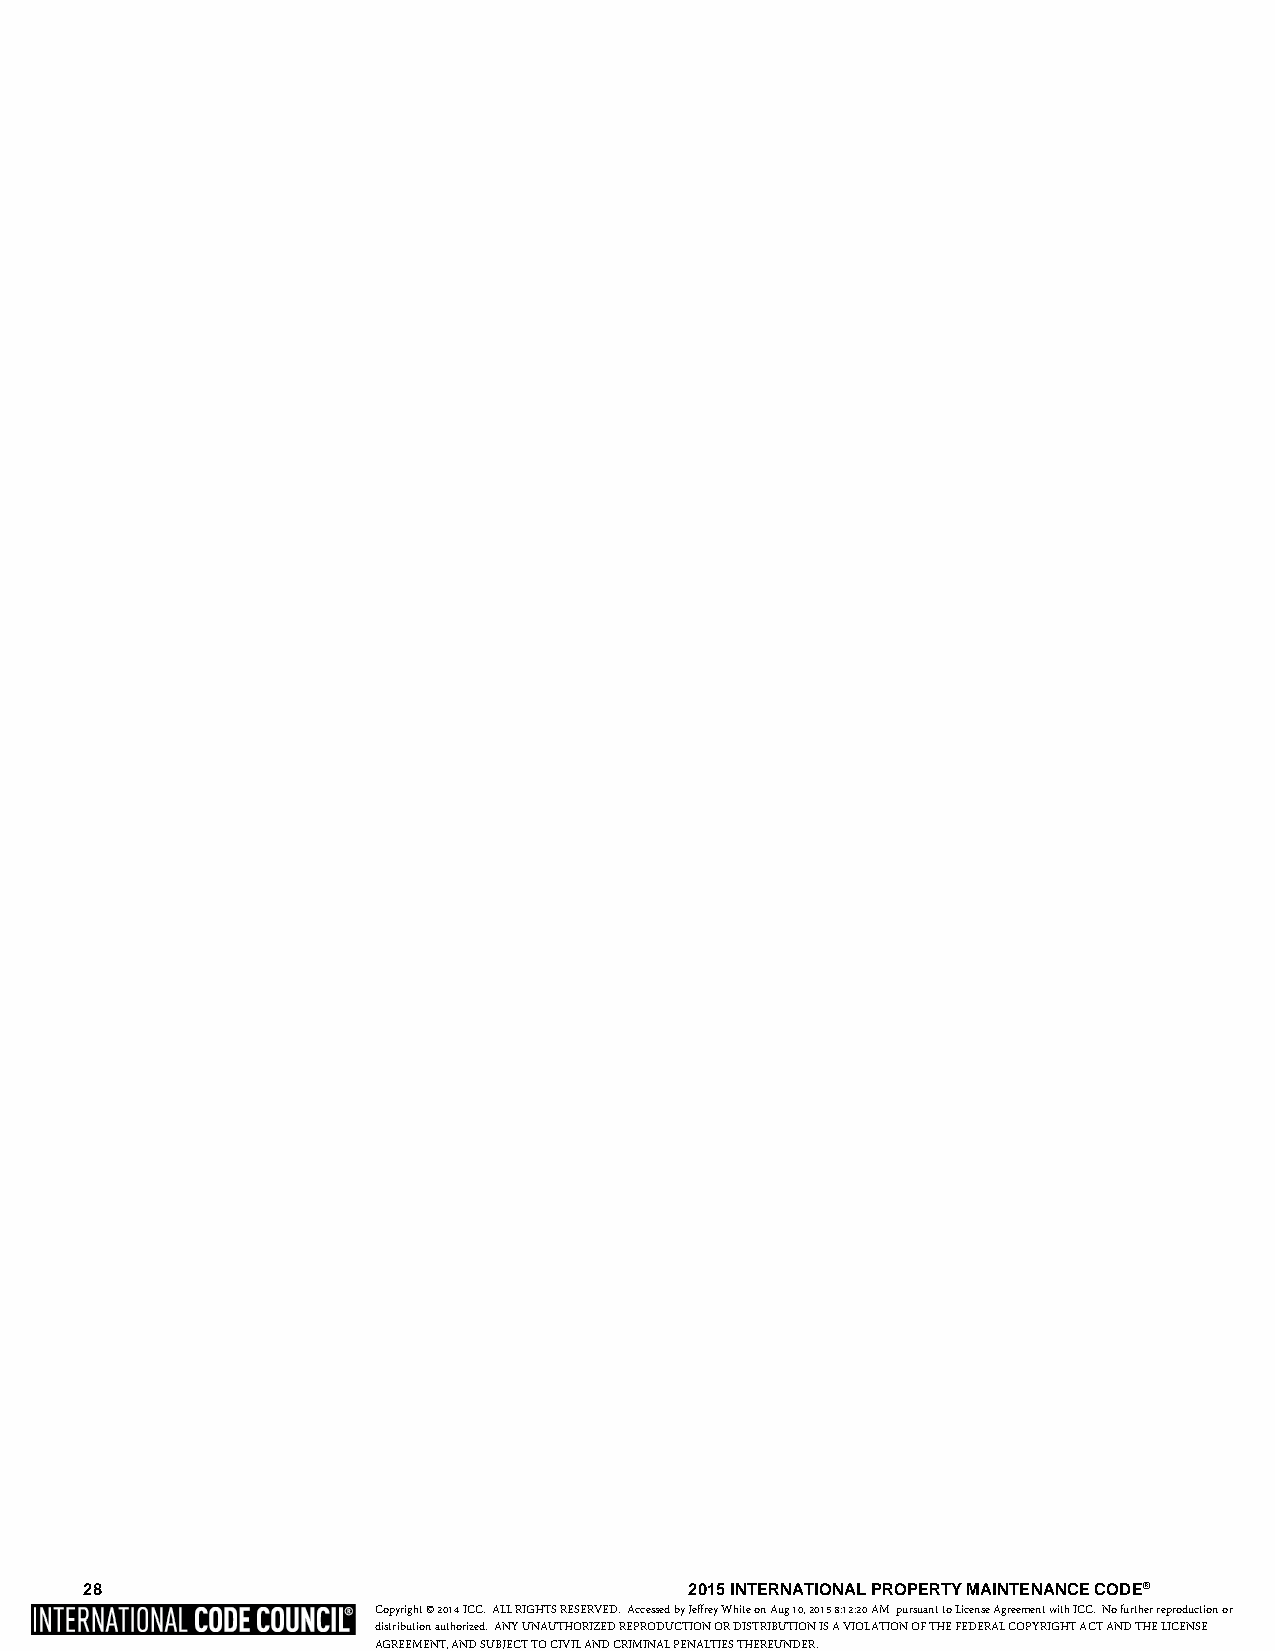
28                                      2015 INTERNATIONAL PROPERTY MAINTENANCE CODE®
 Copyright © 2014 ICC. ALL RIGHTS RESERVED. Accessed by Jeffrey White on Aug 10, 2015 8:12:20 AM pursuant to License Agreement with ICC. No further reproduction or
 distribution authorized. ANY UNAUTHORIZED REPRODUCTION OR DISTRIBUTION IS A VIOLATION OF THE FEDERAL COPYRIGHT ACT AND THE LICENSE
 AGREEMENT, AND SUBJECT TO CIVIL AND CRIMINAL PENALTIES THEREUNDER.